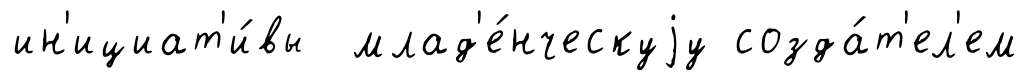
ин'ициат'и́вы млад'е́нческуjу созда́т'ел'ем